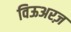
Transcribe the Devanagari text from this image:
विऊअरज़